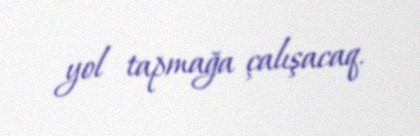
yol tapmağa çalışacaq.